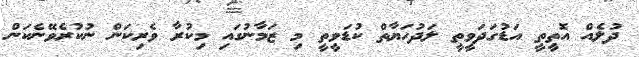
ދުލެއް އޮތީތީ އަޑުގަދަވީތީ ލަދުހަޔާތް ކުޑަވީތީ މި ޒަމާނުގައި މިކުރާ ވެރިކަން ނުކުރެވޭނެކަން